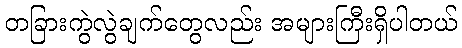
တခြားကွဲလွဲချက်တွေလည်း အများကြီးရှိပါတယ်